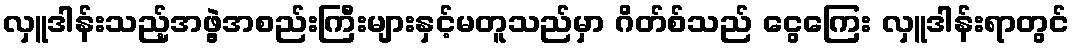
လှူဒါန်းသည့်အဖွဲ့အစည်းကြီးများနှင့်မတူသည်မှာ ဂိတ်စ်သည် ငွေကြေး လှူဒါန်းရာတွင်